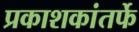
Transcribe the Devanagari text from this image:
प्रकाशकांतर्फे